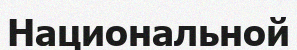
Национальной